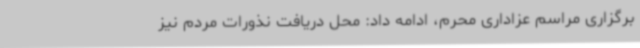
برگزاری مراسم عزاداری محرم، ادامه داد: محل دریافت نذورات مردم نیز